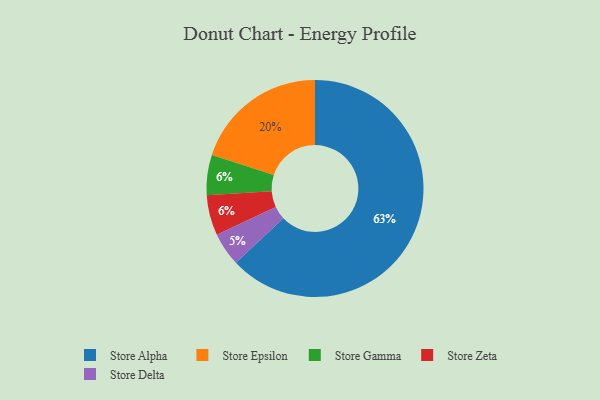
{"axis": {"x": "Category", "y": "Percentage"}, "legend": ["Store Alpha", "Store Delta", "Store Epsilon", "Store Gamma", "Store Zeta"], "data": [{"x": "Store Epsilon", "y": 20, "type": "Store Epsilon"}, {"x": "Store Alpha", "y": 63, "type": "Store Alpha"}, {"x": "Store Gamma", "y": 6, "type": "Store Gamma"}, {"x": "Store Delta", "y": 5, "type": "Store Delta"}, {"x": "Store Zeta", "y": 6, "type": "Store Zeta"}]}